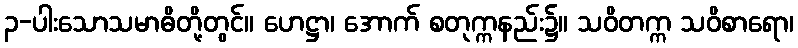
၃-ပါးသောသမာဓိတို့တွင်။ ဟေဋ္ဌာ၊ အောက် စတုက္ကနည်း၌။ သဝိတက္က သဝိစာရော၊